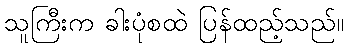
သူကြီးက ခါးပုံစထဲ ပြန်ထည့်သည်။